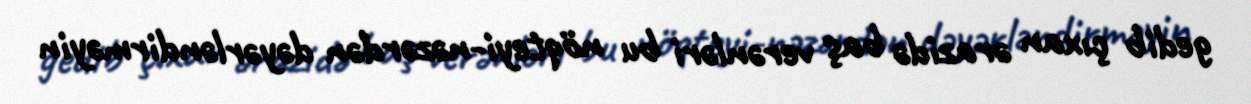
gedib çıxan ərazidə baş verənləri bu nöqteyi-nəzərdən dəyərləndirməyin